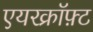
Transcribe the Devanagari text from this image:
एयरक्रॉफ़्ट